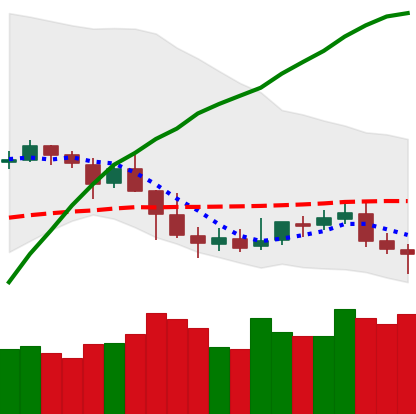
Ticker: NEO-USD
Chart end date: 2019-05-06
Forward return: 7.242%
Label: up_7plus